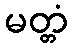
မတ္တံ